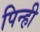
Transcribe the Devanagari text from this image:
पिन्ही